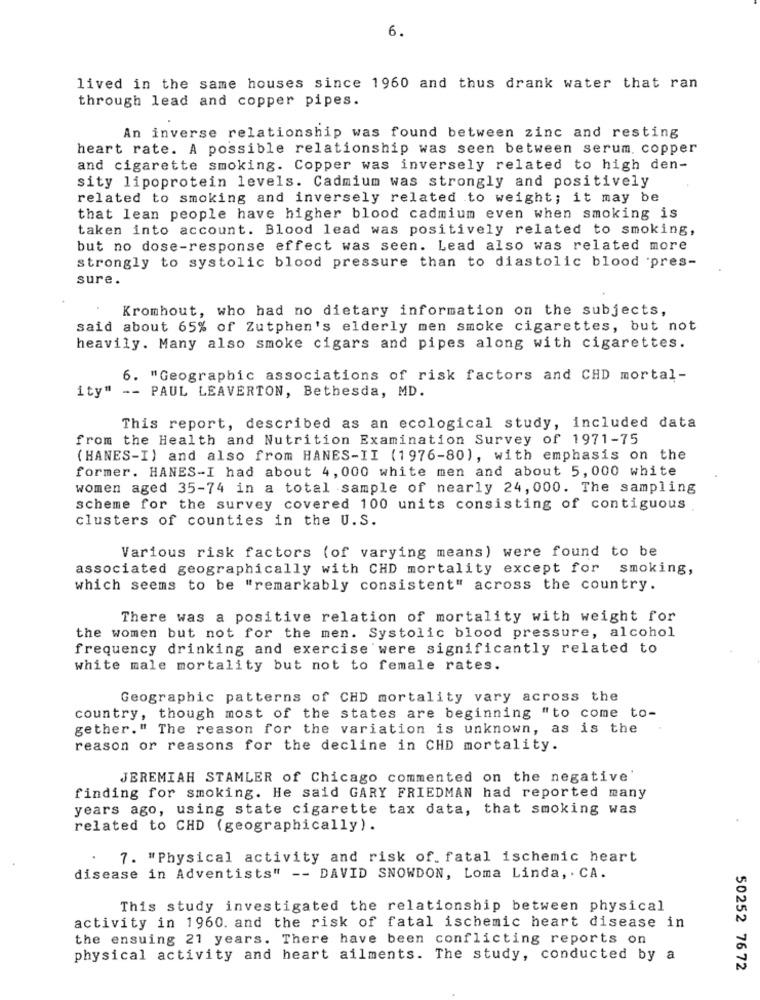
6.
lived in the same houses since 1960 and thus drank water that ran
through lead and copper pipes.
An inverse relationship was found between zinc and resting
heart rate. A possible relationship was seen between serum, copper
and cigarette smoking. Copper was inversely related to high den-
sity lipoprotein levels. Cadmium was strongly and positively
related to smoking and inversely related to weight; it may be
that lean people have higher blood cadmium even when smoking is
taken into account. Blood lead was positively related to smoking,
but no dose-response effect was seen. Lead also was related more
strongly to systolic blood pressure than to diastolic blood 'pres-
sure.
Kromhout, who had no dietary information on the subjects,
said about 65% of Zutphen's elderly men smoke cigarettes, but not
heavily. Many also smoke cigars and pipes along with cigarettes.
6. "Geographic associations of risk factors and CHD mortal-
ity" -- PAUL LEAVERTON, Bethesda, MD.
This report, described as an ecological study, included data
from the Health and Nutrition Examination Survey of 1971-75
( HANES-I) and also from HANES-II (1976-80), with emphasis on the
former. HANES-I had about 4, 000 white men and about 5, 000 white
women aged 35-74 in a total sample of nearly 24, 000. The sampling
scheme for the survey covered 100 units consisting of contiguous
clusters of counties in the U.S.
Various risk factors (of varying means) were found to be
associated geographically with CHD mortality except for smoking,
which seems to be "remarkably consistent" across the country.
There was a positive relation of mortality with weight for
the women but not for the men. Systolic blood pressure, alcohol
frequency drinking and exercise were significantly related to
white male mortality but not to female rates.
Geographic patterns of CHD mortality vary across the
country, though most of the states are beginning "to come to-
gether." The reason for the variation is unknown, as is the
reason or reasons for the decline in CHD mortality.
JEREMIAH STAMLER of Chicago commented on the negative'
finding for smoking. He said GARY FRIEDMAN had reported many
years ago, using state cigarette tax data, that smoking was
related to CHD (geographically).
. 7. "Physical activity and risk of. fatal ischemic heart
disease in Adventists" -- DAVID SNOWDON, Loma Linda, . CA.
This study investigated the relationship between physical
activity in 1960. and the risk of fatal ischemic heart disease in
the ensuing 21 years. There have been conflicting reports on
physical activity and heart ailments. The study, conducted by a
50252 76 72